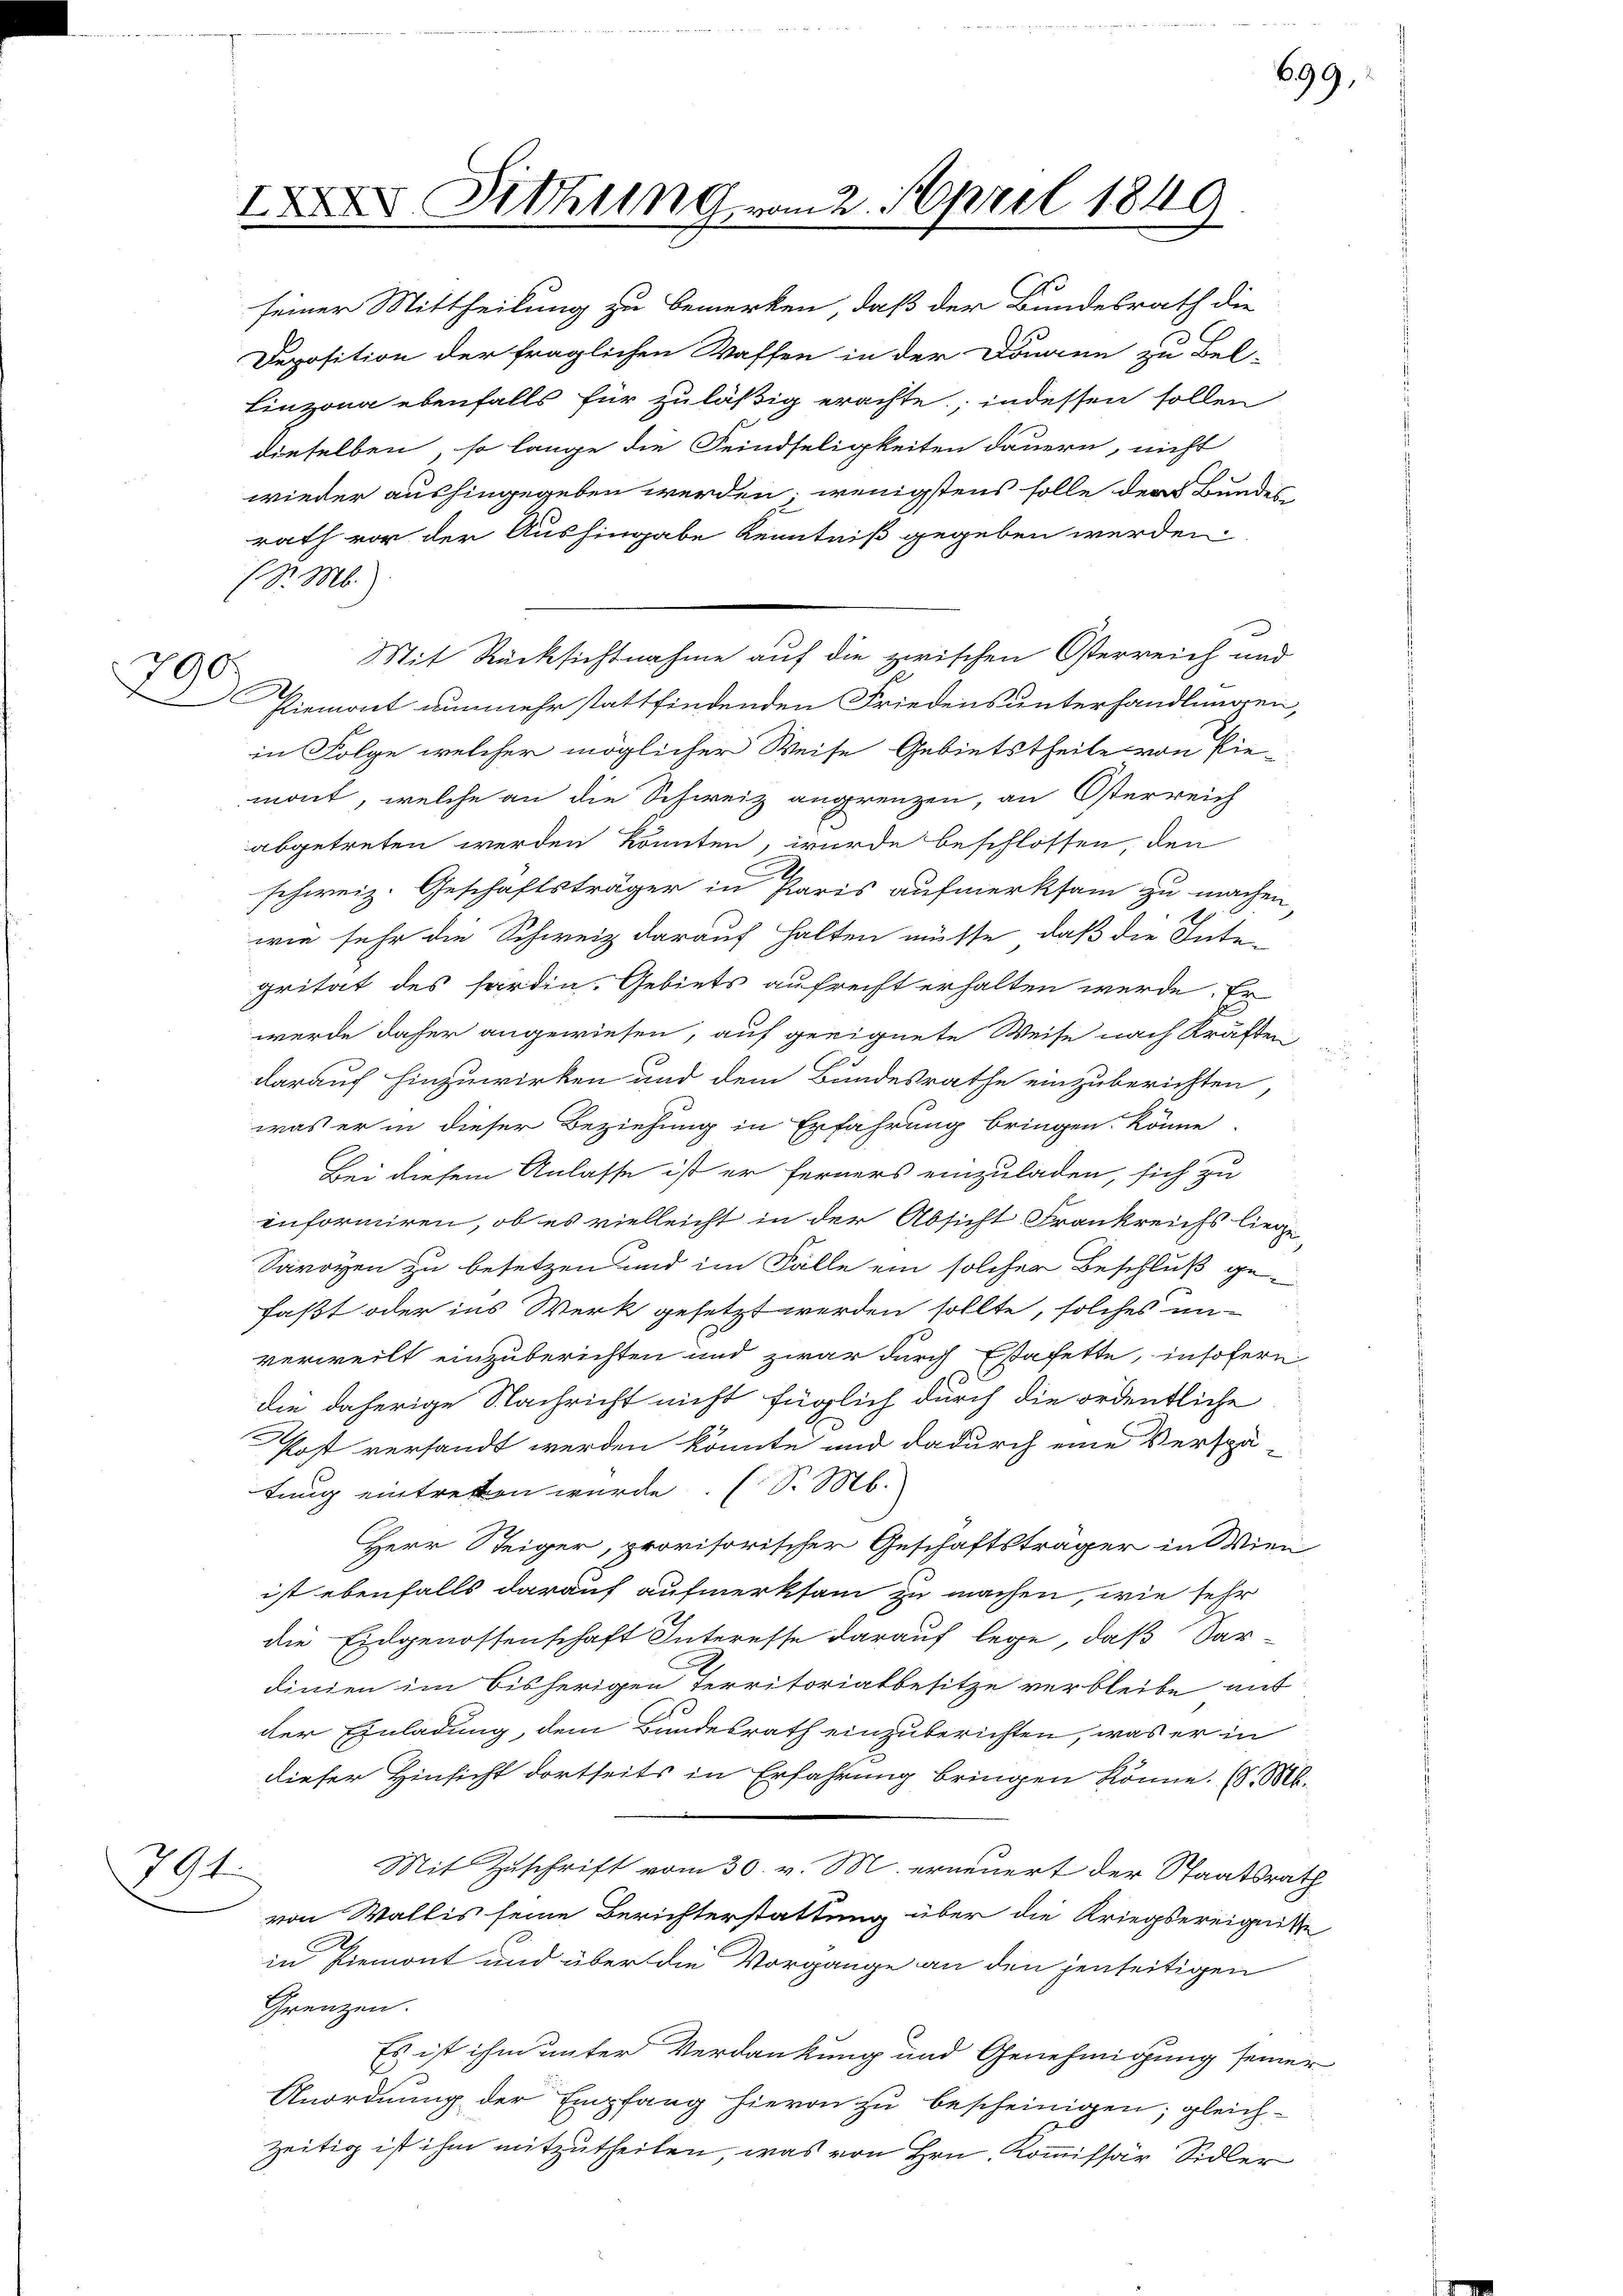
790.

794.

Sittling vom 2. April 1849
e

.S. M.).

Mit Rücksichtnahme auf die zwischen Osterreich und

seiner Mittheilung zu bemerken, daß der Bundesrath die
Deposition der fraglichen Waffen in der Donnen zu Bel-
Linzona ebenfalls für zuläßig erachte; indessen sollen
dieselben, so lange die Feindseligkeiten dauern, nicht
wieder aushingegeben werden, wenigstens solle der Bundes
rath vor der Aushingabe Kenntniß gegeben werden.
Piemont nunmehr stattfindenden Friedens unterhandlungen,
in Folge welcher möglicher Weise Gebietstheile von Pie-
mont, welche an die Schweiz angrenzen, an Osterreich
abgetreten werden könnten, wurde beschlossen, den
schweiz. Geschäftsträger in Paris aufmerksam zu machen,
wie sehr die Schweiz darauf halten müsse, daß die Inte
grität des hardia-Gebiets aufrecht erhalten werde. Er
werde daher angewiesen, auf geeignete Weise nach Kräften,
darauf hinzuwirken und dem Bundesrathe einzuberichten,
was er in dieser Beziehung in Erfahrung bringen könne
Bei diesem Anlasse ist er ferners einzuladen, sich zu
enformiren, ob es vielleicht in der Absicht Frankreichs liege
Savoyen zu besetzen und im Falle ein solcher Beschluß gefaßt oder ins Werk gesetzt werden sollte, solches un-
verweilt einzuberichten und zwar durch Estafette, insofern
die daherige Nachricht nicht füglich durch die ordentliche
Post versandt werden könnte und dadurch eine Verspä-
tung eintretten wurde. (S. S.
Herr Steiger, provisorischer Geschäftsträger in Wien
ist ebenfalls darauf aufmerksam zu machen, wie sehr
die Eidgenossenschaft Interesse darauf lege, daß Sar-
dinien im bisherigen Territorialbesitze verbleibe auf
der Einladung, dem Bundesrath einzuberichten, was er in
dieser Hinsicht dortseits in Erfahrung bringen könne. (S. M
Mit Zuschrift vom 30. v. M. erneuert der Staatsra
von Wallis seine Berichterstattung über die Kriegsereignit
in Piemont und über die Vorgange an den jenseitigen
Grenzen.
Es ist ihm unter Verdankung und Genehmigung seine
Anordnung der Empfang hievon zu bescheinigen; gleichzeitig ist ihm mitzutheilen, was von Hrn. Kommissär Sidler

699.